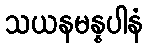
သယနမန္နပါနံ